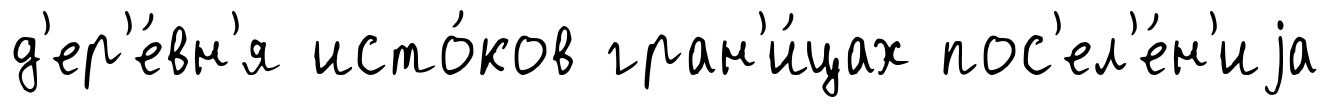
д'ер'е́вн'я исто́ков гран'и́цах пос'ел'е́н'иjа